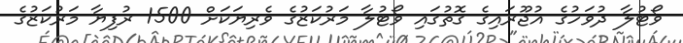
ވޯޓުލާ ދުވަހުގެ އުޖޫރައިގެ ގޮތުގައި ވޯޓުލާ މަރުކަޒުގެ ވެރިޔަކަށް 1500 ރުފިޔާ މަރުކަޒުގެ